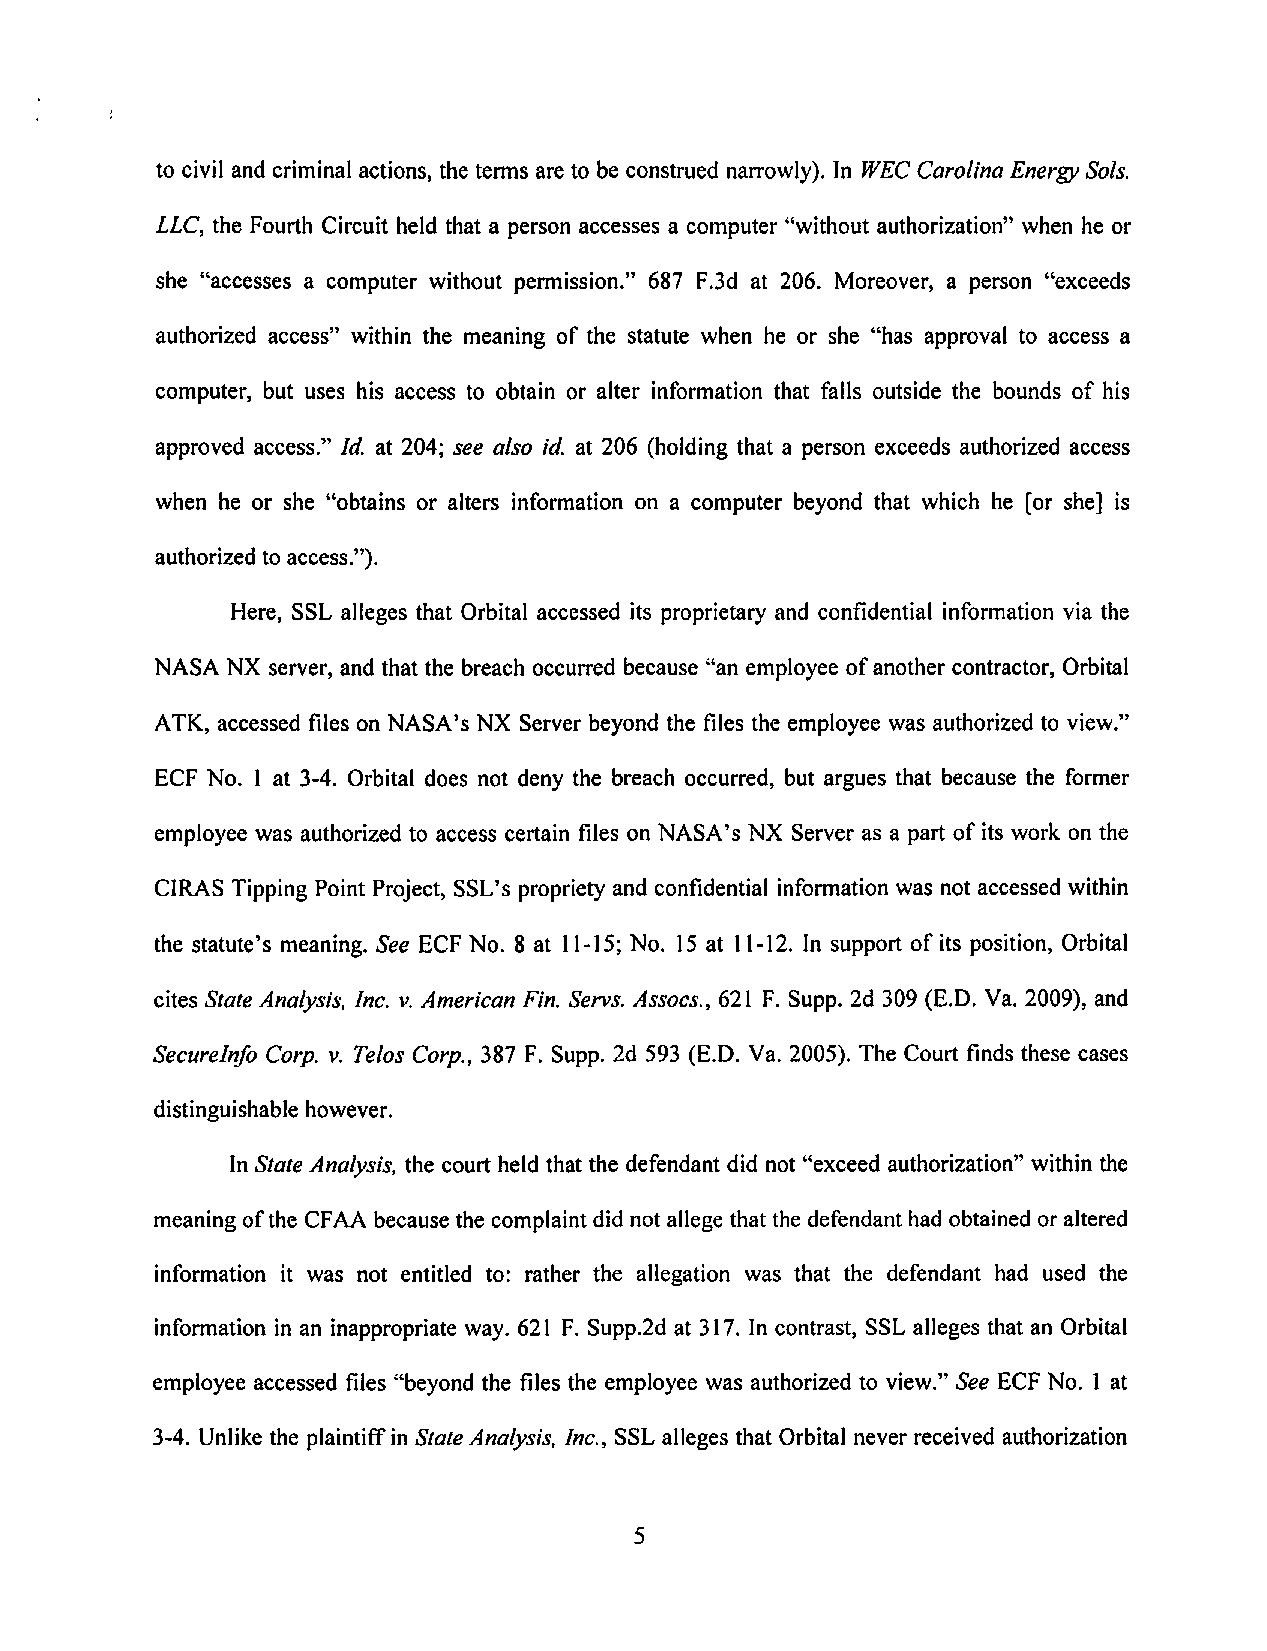
to civil and criminal actions, the terms are to beconstrued narrowly). In fVEC CarolinaEnergy Sols.
 LLC,the Fourth Circuit held that a person accesses a computer "without authorization" when he or
 she "accesses a computer without permission." 687 F.3d at 206. Moreover, a person "exceeds
 authorized access" within the meaning of the statute when he or she "has approval to access a
 computer, but uses his access to obtain or alter information that falls outside the bounds of his
 approved access." Id. at 204; see also id. at 206 (holding that a person exceeds authorized access
 when he or she "obtains or alters information on a computer beyond that which he [or she] is
 authorized to access.").
 Here, SSL alleges that Orbital accessed its proprietary and confidential information via the
 NASA NX server, and that the breach occurred because "an employee ofanother contractor, Orbital
 ATK, accessed files on NASA's NX Server beyond the files the employee was authorized to view."
 ECF No. 1 at 3-4. Orbital does not deny the breach occurred, but argues that because the former
 employee was authorized to access certain files on NASA's NX Server as a part of its work on the
 CIRASTippingPointProject, SSL's proprietyand confidentialinformationwas notaccessedwithin
 the statute's meaning.See ECFNo. 8 at 11-15;No. 15at 11-12.In support of its position, Orbital
 citesStateAnalysis, Inc. v. AmericanFin. Servs. Assocs., 621 F. Supp.2d 309(E.D. Va.2009), and
 Securelnfo Corp. v. TelosCorp., 387 F. Supp. 2d 593 (E.D. Va. 2005). The Court finds these cases
 distinguishable however.
 InState Analysis,the court held that the defendant did not "exceed authorization" within the
 meaning ofthe CFAA because the complaintdid not allege that the defendant had obtained or altered
 information it was not entitled to: rather the allegation was that the defendant had used the
 information in an inappropriate way. 621 F. Supp.2d at 317. In contrast, SSL alleges that an Orbital
 employee accessed files "beyond the files the employee was authorized to view." See ECF No. I at
 3-4. Unlike the plaintiffinState Analysis, Inc., SSL alleges that Orbital never received authorization